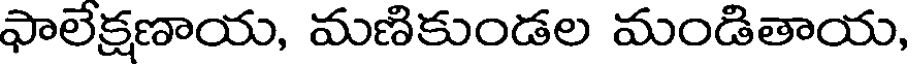
ఫాలేక్షణాయ, మణికుండల మండితాయ,